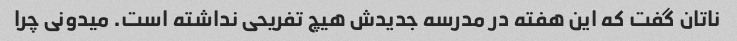
ناتان گفت که این هفته در مدرسه جدیدش هیچ تفریحی نداشته است. میدونی چرا